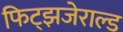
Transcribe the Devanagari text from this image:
फिट्झजेराल्ड